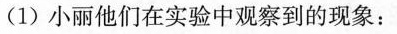
(1)小丽他们在实验中观察到的现象：